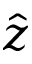
\hat { z }